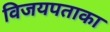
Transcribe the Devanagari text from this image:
विजयपताका